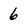
Character: 6